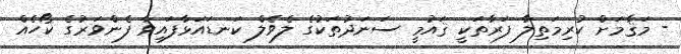
- މަޤާމަށް ކުރިމަތިލާ ފަރާތަކީ ޤައުމީ ސަނަދުތަކުގެ ލެވެލް ކަނޑައަޅާފައިވާ ފެންވަރުގެ ކޯހެއް